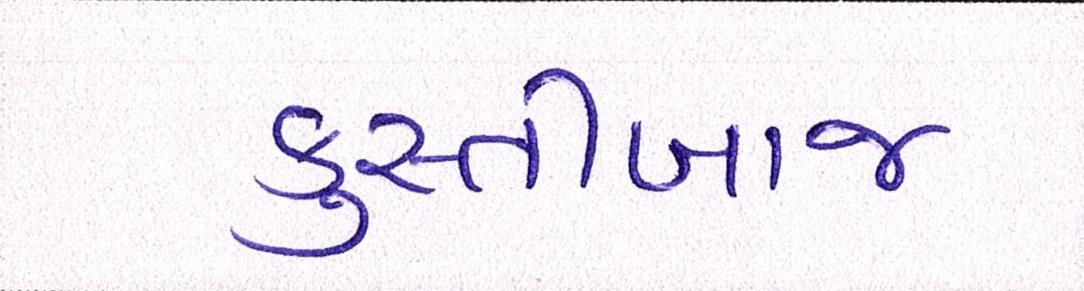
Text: કુસ્તીબાજ